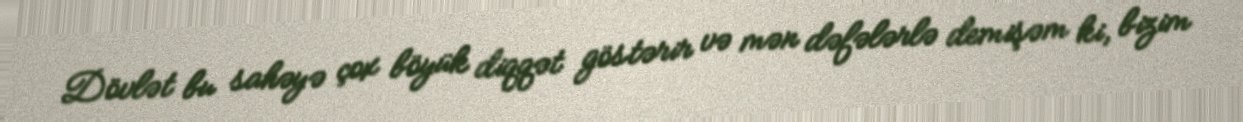
Dövlət bu sahəyə çox böyük diqqət göstərir və mən dəfələrlə demişəm ki, bizim